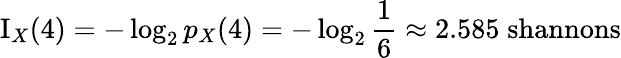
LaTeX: \operatorname{I}_{X}(4)=-\log_{2}{p_{X}{(4)}}=-\log_{2}{\frac{1}{6}}\approx 2.585\; {\mathrm{shannons}}